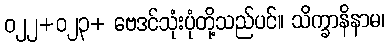
ဝ၂၂+ဝ၂၃+ ဗေဒင်သုံးပုံတို့သည်ပင်။ သိက္ခာနိနာမ၊